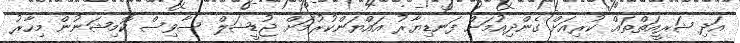
އަދި ޝަރީއަތްތައް ކުރިއަށް ގެންދިއުމަށް ފަނޑިޔާރު އައްޔަންކުރުމަށް ޖުޑީޝަލް ސާވިސް ކޮމިޝަނުން މިހާރު